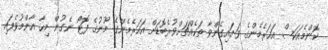
ކޮންމެއަކަސް އަހަރެމެންގެ ވަށައިގެންވާ ތަކެެއްޗަށްވުރެބޮޑަށް އަހަރެމެންގެ މޫނުގެ ފޮޓޯ ނެގުން މިހާ އާންމުވެފައި